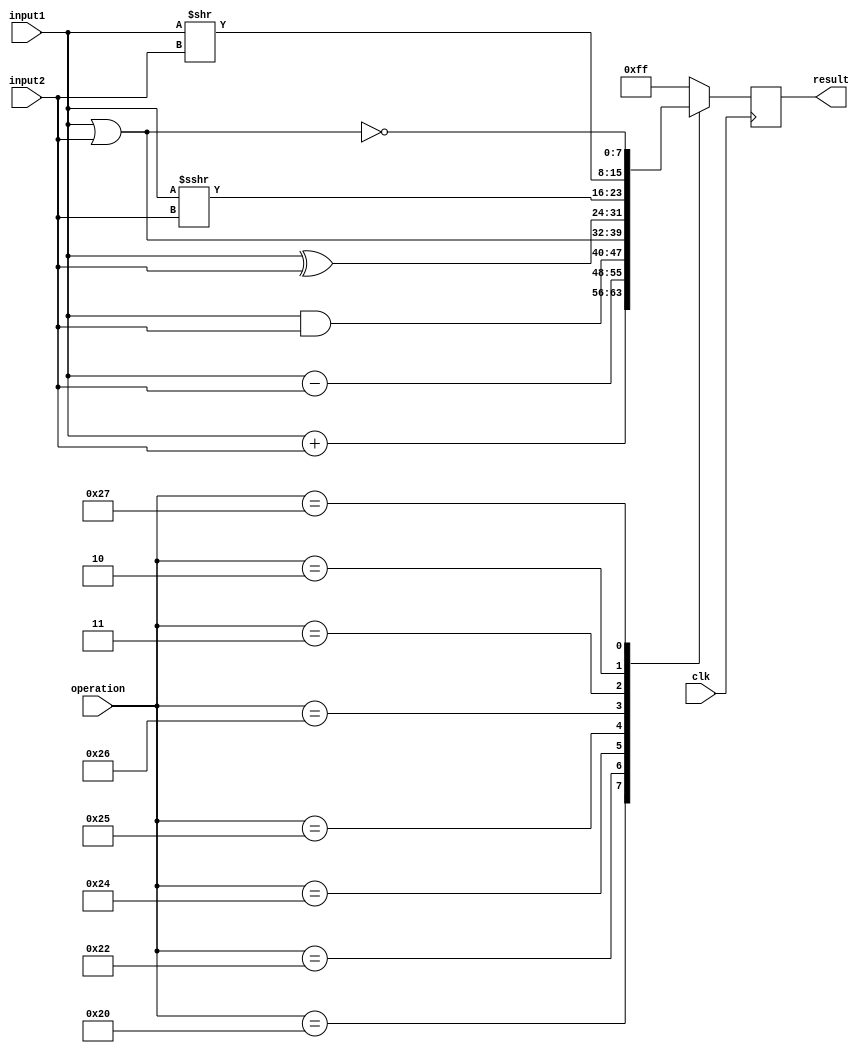
`timescale 1ns / 1ps
/*
//////////////////////////////////////////////////////////////////////////////////
// Company: 
// Engineer: 
// 
// Design Name: 
// Module Name:    problema10 
// Project Name: 
// Target Devices: 
// Tool versions: 
// Description: 
10) Realizar una Unidad Aritmetica y Lgica (ALU) con las siguientes caractersticas:
? La ALU debe ser parametrizable (bus de datos) para poder ser utilizada posteriormente en el trabajo final.
? La ALU deber realizar las siguientes operaciones:
Operacion 	Codigo
ADD			100000
SUB			100010
AND			100100
OR				100101
XOR			100110
SRA			000011
SRL			000010
NOR			100111

// Dependencies: 
//
// Revision: 
// Revision 0.01 - File Created
// Additional Comments: 
//
//////////////////////////////////////////////////////////////////////////////////
*/
module problema10
#(parameter N=7)
(
	input signed [N:0] input1,
	input signed [N:0] input2,
	input wire [5:0]	operation,
	output reg	[N:0]	result,
	input clk
);

	always @(posedge clk)
	begin
		 case(operation)
		 6'b100000: result <= input1 + input2;
		 6'b100010: result <= input1 - input2; //resta
		 6'b100100: result <= input1 & input2; //and
		 6'b100101: result <= input1 | input2; //or
		 6'b100110: result <= input1 ^ input2; //xor
		 6'b000011: result <= input1 >>> input2; //shift aritmetico
		 6'b000010: result <= input1 >> input2; //shift logico
		 6'b100111: result <= ~(input1 | input2); //nor
		 default: result<=8'b11111111;
		 endcase
	end


endmodule